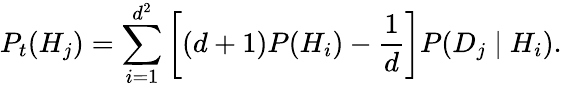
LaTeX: P_{t}(H_{j})=\sum_{i=1}^{d^{2}}\left[(d+1)P(H_{i})-{\frac{1}{d}}\right]P(D_{j}\mid H_{i}).